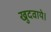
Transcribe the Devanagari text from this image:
खुदवाये।